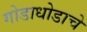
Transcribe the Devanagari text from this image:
गोडाधोडाचे